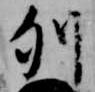
列